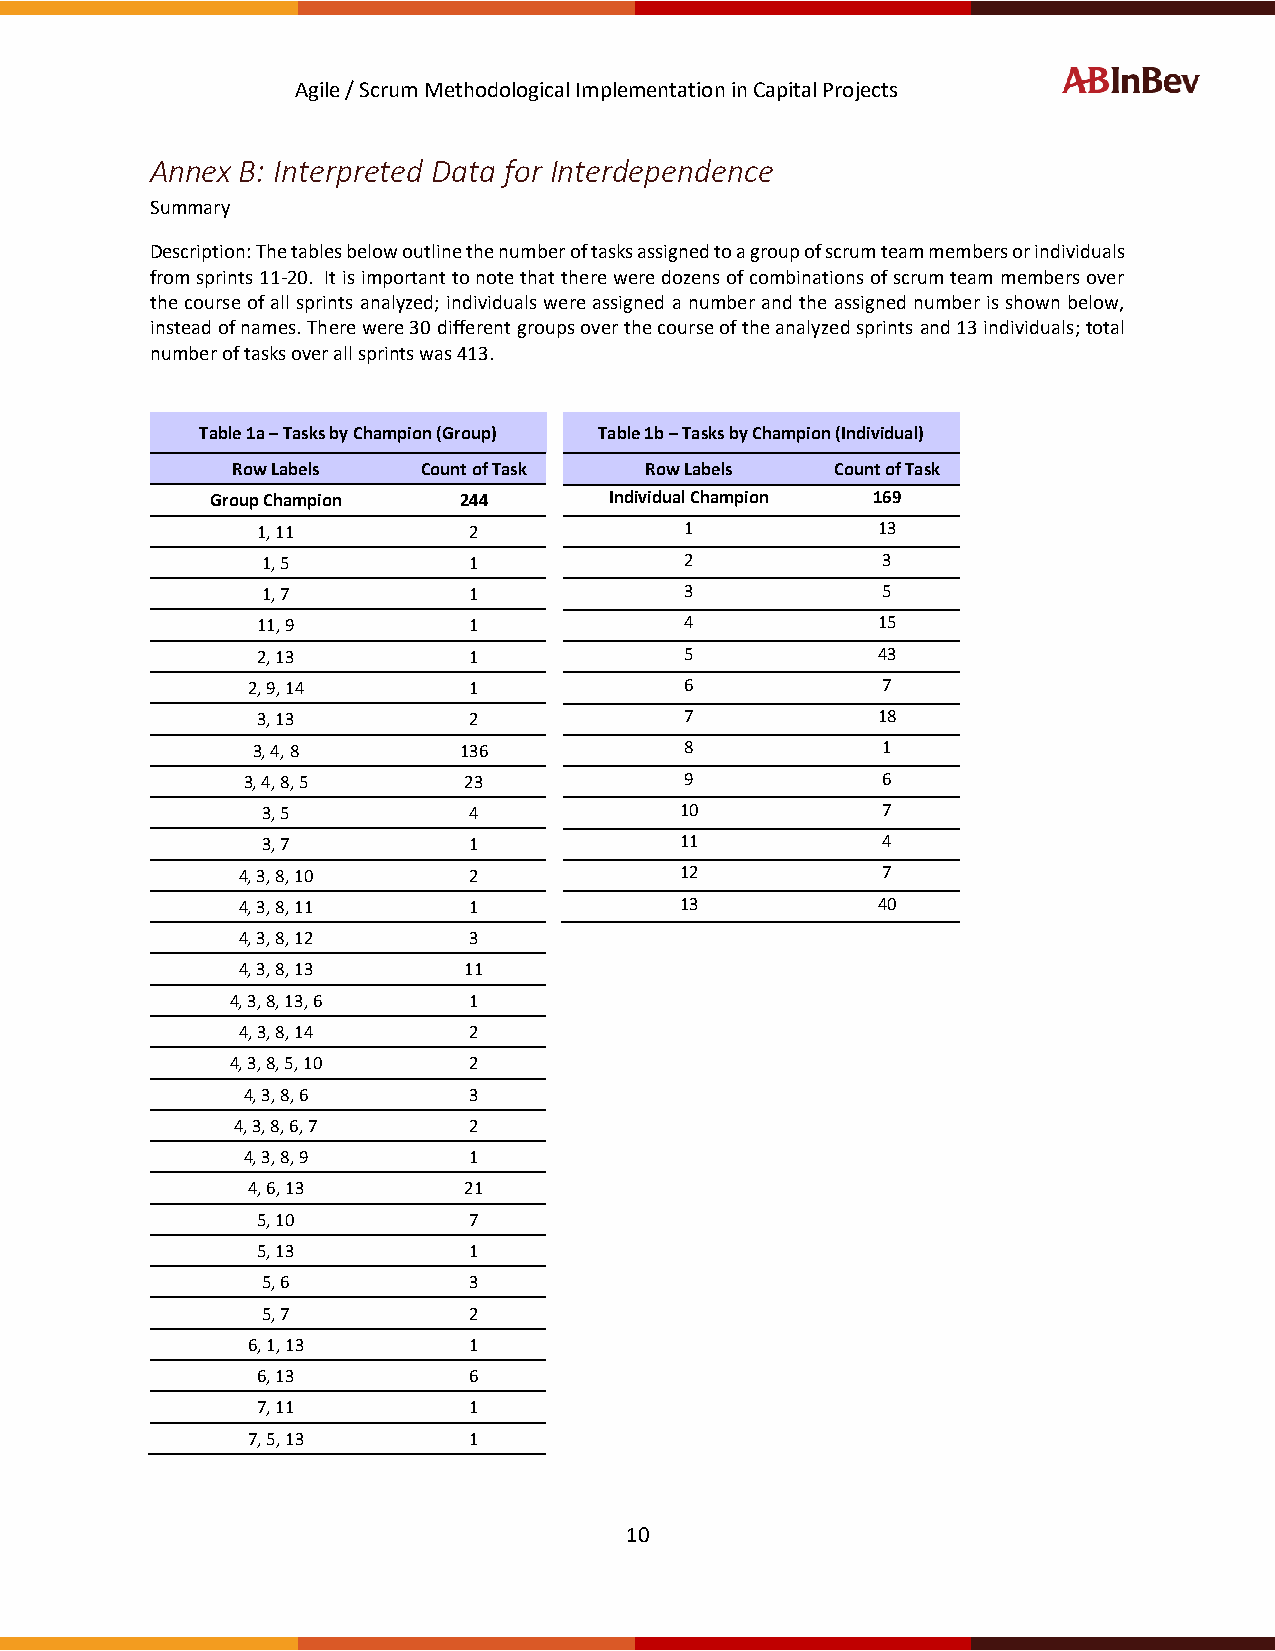
Agile / Scrum Methodological Implementation in Capital Projects
 Annex B: Interpreted Data for Interdependence
 Summary
 Description: The tables below outline the number of tasks assigned to a group of scrum team members or individuals
 from sprints 11-20. It is important to note that there were dozens of combinations of scrum team members over
 the course of all sprints analyzed; individuals were assigned a number and the assigned number is shown below,
 instead of names. There were 30 different groups over the course of the analyzed sprints and 13 individuals; total
 number of tasks over all sprints was 413.
 Table 1a – Tasks by Champion (Group) Table 1b – Tasks by Champion (Individual)
 Row Labels   Count of Task  Row Labels  Count of Task
 Group Champion  244       Individual Champion 169
 1, 11         2             1            13
 1, 5          1             2            3
 1, 7          1             3            5
 11, 9         1             4            15
 2, 13         1             5            43
 2, 9, 14       1             6            7
 3, 13         2             7            18
 3, 4, 8      136            8            1
 3, 4, 8, 5     23            9            6
 3, 5          4             10           7
 3, 7          1             11           4
 4, 3, 8, 10    2             12           7
 4, 3, 8, 11    1             13           40
 4, 3, 8, 12    3
 4, 3, 8, 13    11
 4, 3, 8, 13, 6  1
 4, 3, 8, 14    2
 4, 3, 8, 5, 10  2
 4, 3, 8, 6     3
 4, 3, 8, 6, 7  2
 4, 3, 8, 9     1
 4, 6, 13       21
 5, 10         7
 5, 13         1
 5, 6          3
 5, 7          2
 6, 1, 13       1
 6, 13         6
 7, 11         1
 7, 5, 13       1
 10